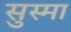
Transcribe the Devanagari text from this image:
सुस्मा